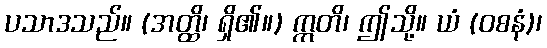
ပသာဒသည်။ (အတ္ထိ၊ ရှိ၏။) ဣတိ၊ ဤသို့။ ယံ (ဝစနံ)၊